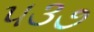
૫૩૭